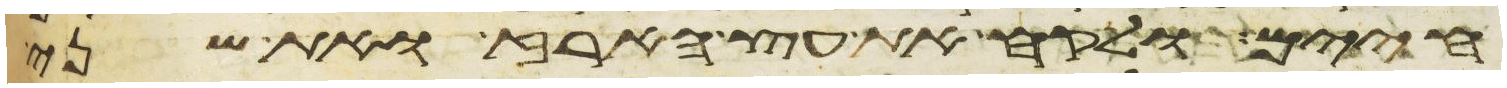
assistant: חיים ולקח את עץ הארז ואת שני